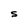
Character: S